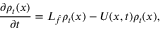
\frac { \partial \rho _ { t } ( x ) } { \partial t } = { \cal { L } } _ { \hat { f } } \rho _ { t } ( x ) - U ( x , t ) \rho _ { t } ( x ) ,